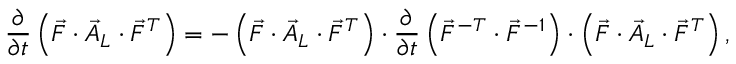
\frac { \partial } { \partial t } \left( \vec { F } \cdot \vec { A } _ { L } \cdot \vec { F } ^ { T } \right) = - \left( \vec { F } \cdot \vec { A } _ { L } \cdot \vec { F } ^ { T } \right) \cdot \frac { \partial } { \partial t } \left( \vec { F } ^ { - T } \cdot \vec { F } ^ { - 1 } \right) \cdot \left( \vec { F } \cdot \vec { A } _ { L } \cdot \vec { F } ^ { T } \right) ,